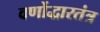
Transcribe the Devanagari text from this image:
वर्णोद्धारतंत्र